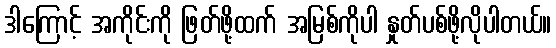
ဒါကြောင့် အကိုင်းကို ဖြတ်ဖို့ထက် အမြစ်ကိုပါ နှုတ်ပစ်ဖို့လိုပါတယ်။